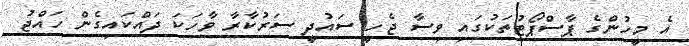
އެ މީހުންގެ ޕާސްޕޯޓުތަކުގައި ވިސާ ޖެހީ ސައުދީ ސަރުކާރާ ވާހަކަ ދައްކައިގެން ހައްޖު